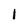
Character: I